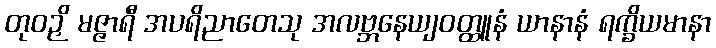
တုဝဉှိ မဇ္ဇာရီ အပရိညာတေသု အလဗ္ဘနေယျဝတ္ထူနံ ယာနာနံ ရက္ခိယမာနာ